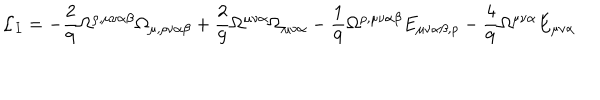
LaTeX: { \cal L } _ { I } = - \frac { 2 } { 9 } \Omega ^ { \rho , \mu \nu \alpha \beta } \Omega _ { \mu , \rho \nu \alpha \beta } + \frac { 2 } { 9 } \Omega ^ { \mu \nu \alpha } \Omega _ { \mu \nu \alpha } - \frac { 1 } { 9 } \Omega ^ { \rho , \mu \nu \alpha \beta } E _ { \mu \nu \alpha \beta , \rho } - \frac { 4 } { 9 } \Omega ^ { \mu \nu \alpha } E _ { \mu \nu \alpha }